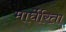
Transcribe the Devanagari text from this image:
मार्घेरिता